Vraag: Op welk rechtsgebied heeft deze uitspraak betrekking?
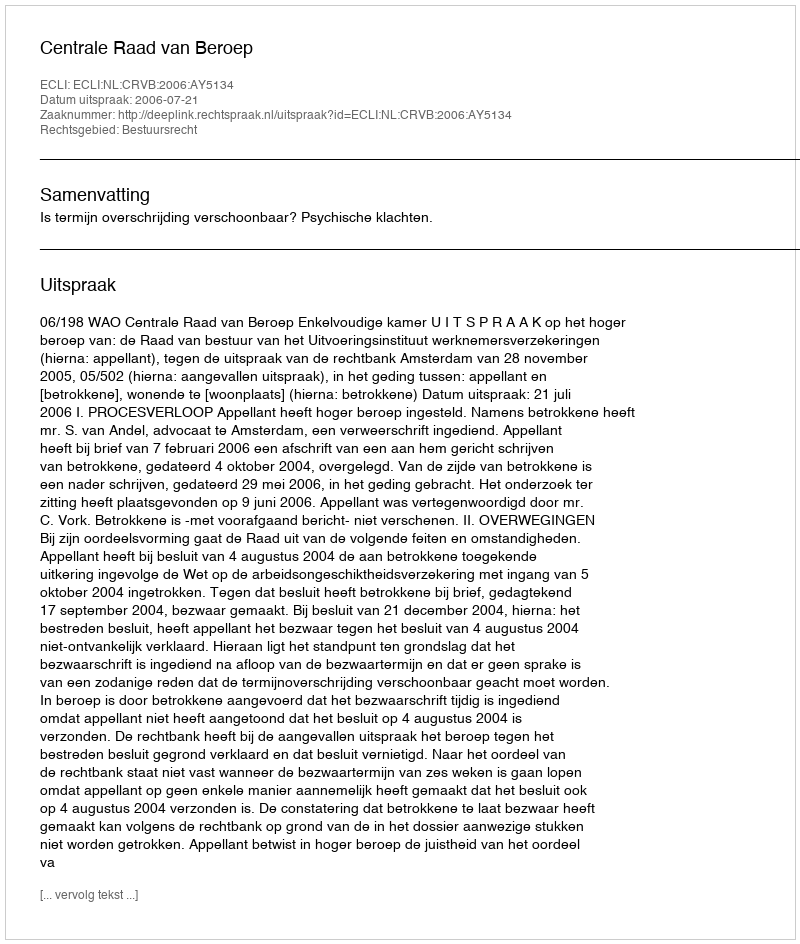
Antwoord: Bestuursrecht